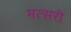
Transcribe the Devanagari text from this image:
मत्सरी